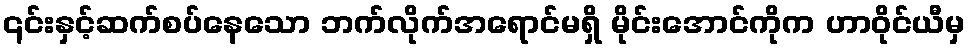
၎င်းနှင့်ဆက်စပ်နေသော ဘက်လိုက်အရောင်မရှိ မိုင်းအောင်ကိုက ဟာဝိုင်ယီမှ